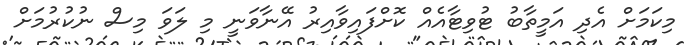
މިކަމަށް އެދި އަމީތާބު ޓުވިޓާއެއް ކޮށްފައިވާއިރު އޭނާވަނީ މި ލަވަ މިސް ނުކުރުމަށް